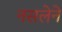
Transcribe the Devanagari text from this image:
नसलेने